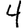
Digit: 4